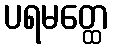
ပရမတ္ထေ